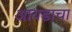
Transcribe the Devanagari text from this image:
आयडाचा